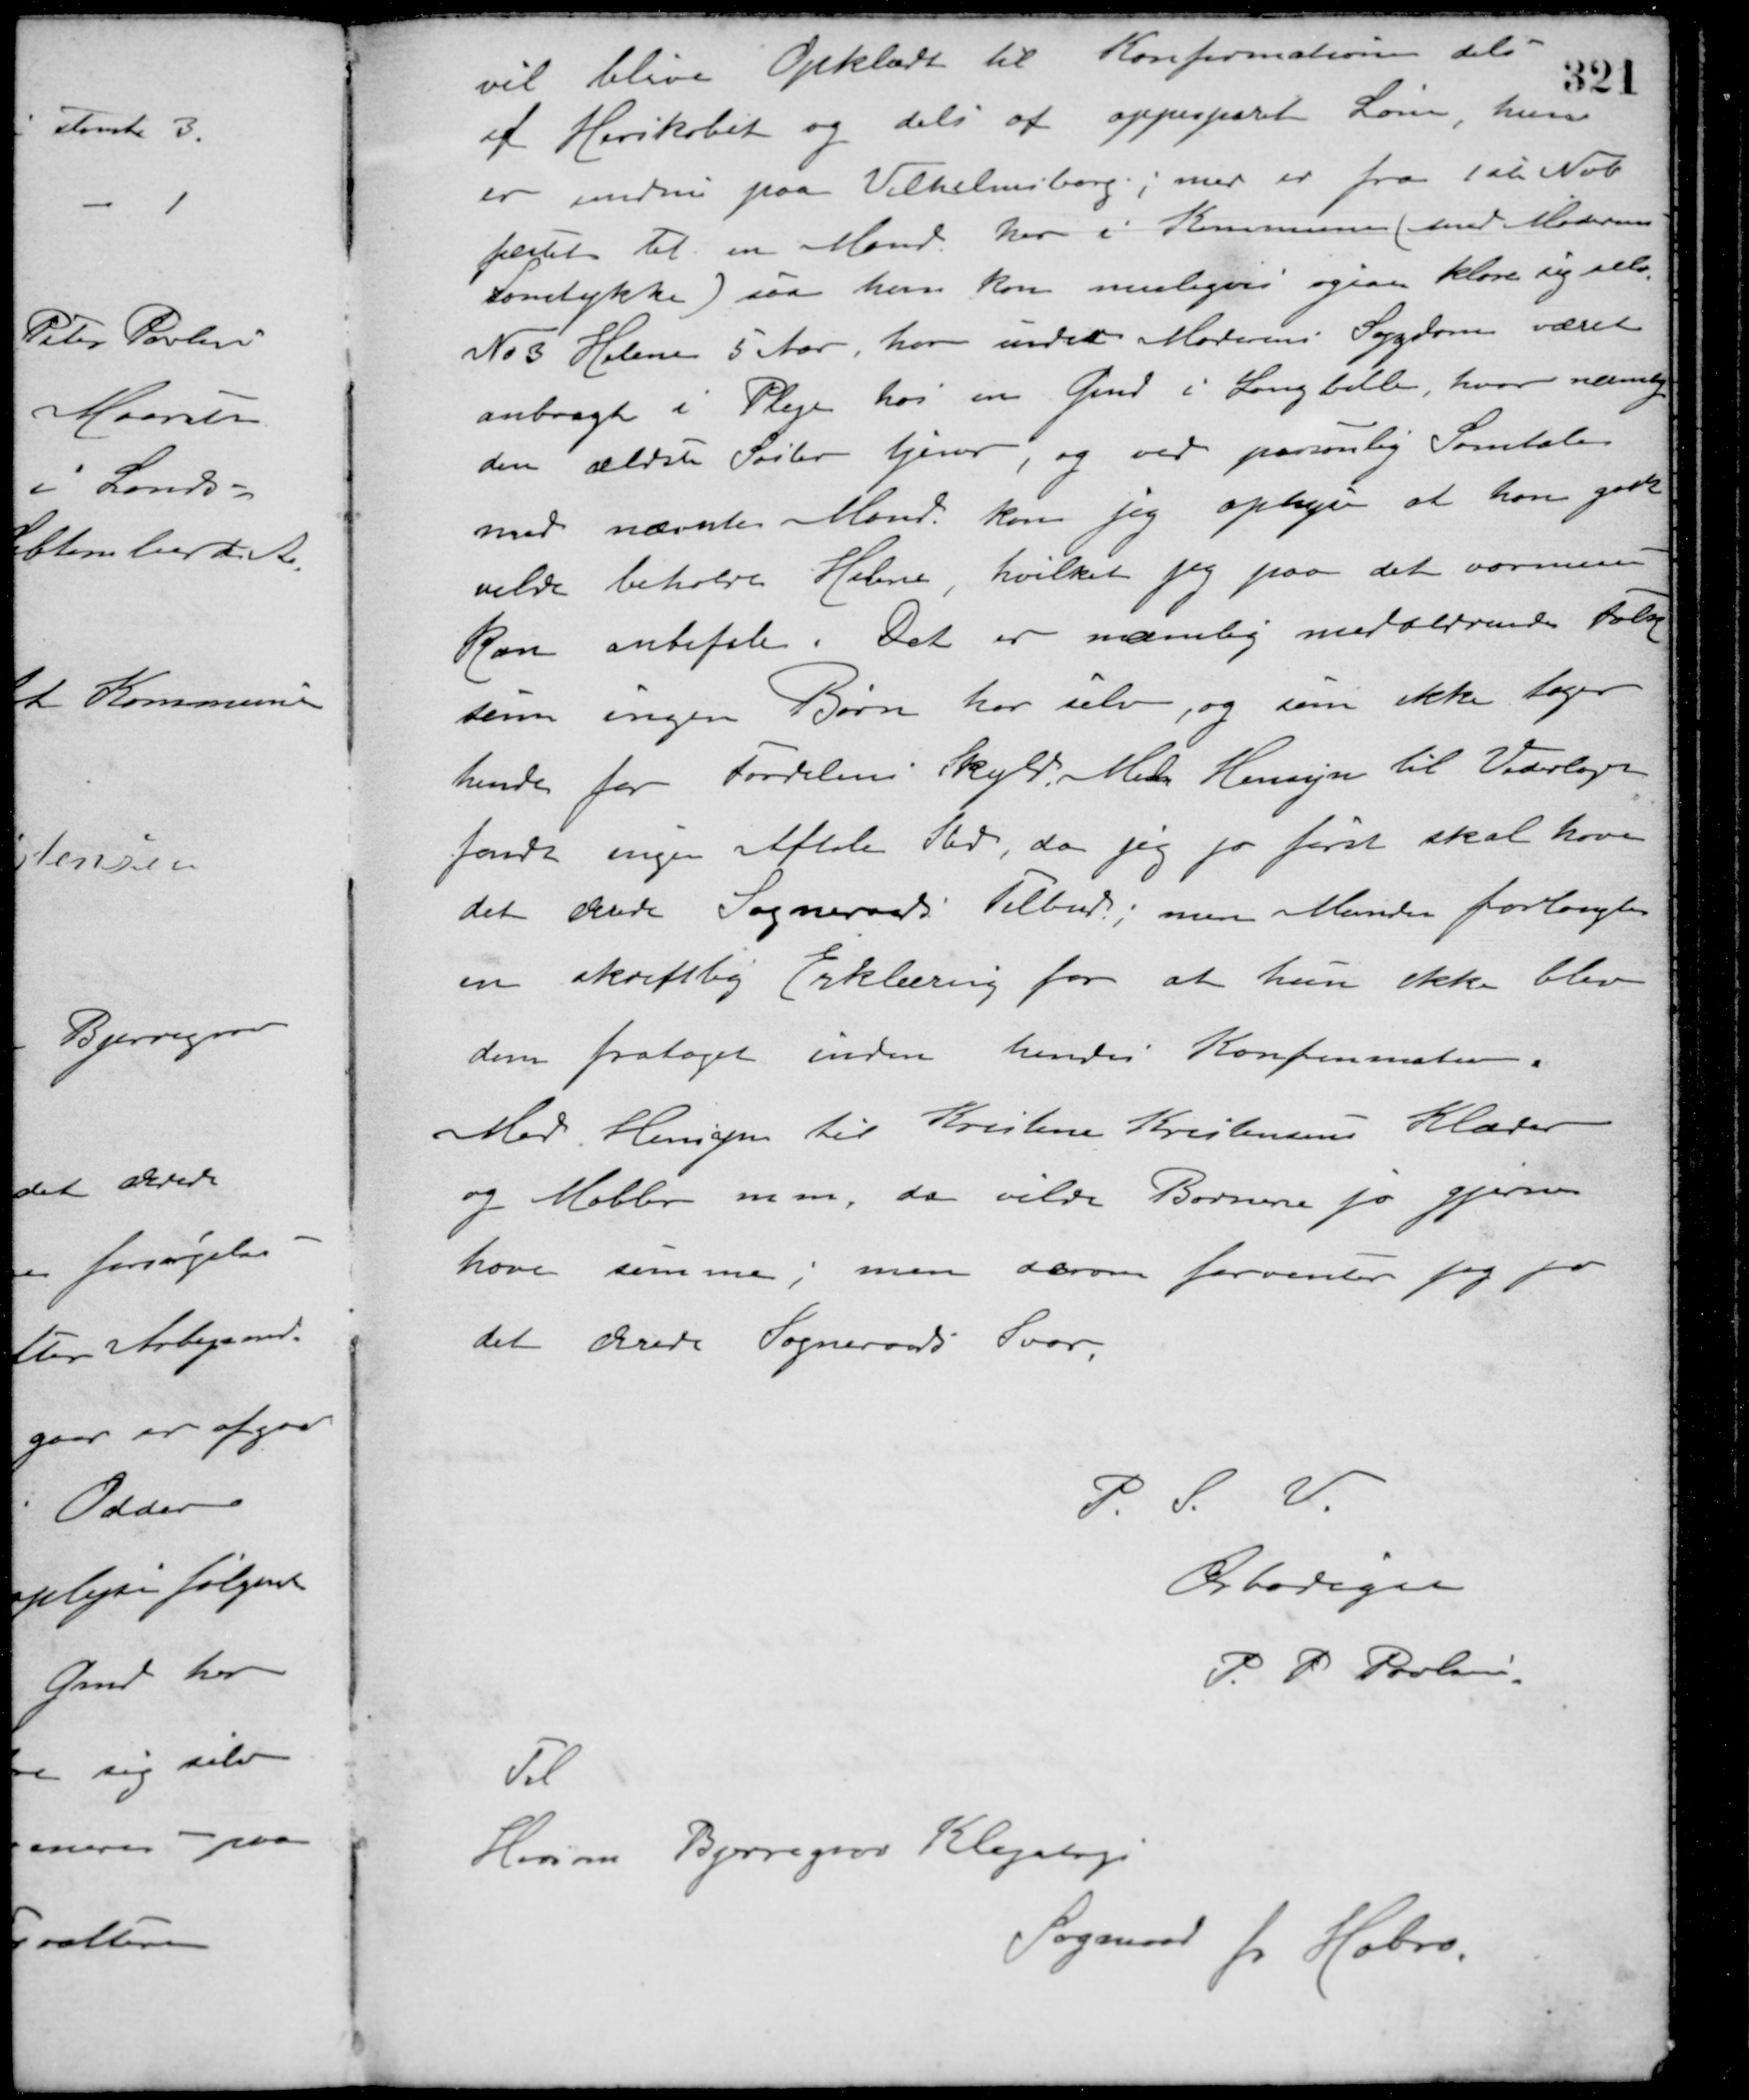
Transskription:
vil blive Opklædt til Konfirmation dels
af Herskabet og dels af oppesparet Løn, hun
er endnu paa Vilhelmsborg, men er fra 1ste Nob.
fæstet til en Mand her i Kommunen (med Moderens
samtykke) saa hun kan muligvis ogsaa klare sig selv.
No 3 Helene 5 Aar, har under Moderens Sygdom været
anbragt i Pleje hos en Gmd. i Langballe, hvor nemlig
den ældste Søster tjener, og ved personlig Samtale
med nævnte Mand kan jeg oplyse at han godt
vilde beholde Helene, hvilket jeg paa det varmeste
kan anbefale. Det er nemlig midaldrende Folk
som ingen Børn har selv, og som ikke tager
hende for Fordelens Skyld. Med Hensyn til Vederlaget
fandt ingen Aftale Sted, da jeg jo først skal have
det ærede Sogneraads Tilbud, men Manden forlangte
en skriftlig Erklæring for at hun ikke blev
dem frataget inden hendes Konfirmation.
Med Hensyn til Kristine Kristensens Klæder
og Møbler m.m., da vilde Børnene jo gjerne
have samme; men derom forventer jeg jo
det ærede Sogneraads Svar.
P. S. V.
Ærbødigst
P. P. Poulsen
Til
Hersum Bjerregrav Klejtrup
Sogneraad pr. Hobro.